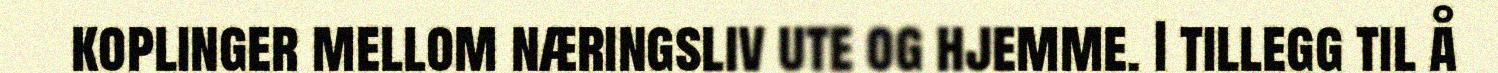
koplinger mellom næringsliv ute og hjemme. I tillegg til å